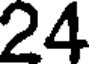
24